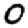
Digit: 0